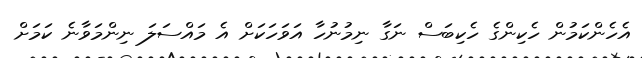
އެހެންކަމުން ހެކިންގެ ހެކިބަސް ނަގާ ނިމުނުހާ އަވަހަކަށް އެ މައްސަލަ ނިންމަވާނެ ކަމަށް